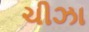
ચીઝા